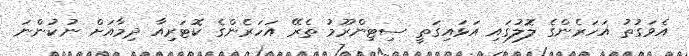
އެވަގުތު އަހަރެންގެ ލޮލުގައި އަޅައިގަތީ ސިޓިންރޫމު ތެރޭ އަހަރެންގެ ކޮޓަރިއާ ދިމާއަށް ނުކުންނަ